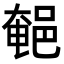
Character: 𨜀